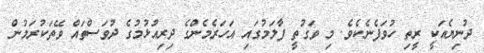
ދުނިޔެއަކީ ރީތި ހުވަފެނެކެވެ. މި ވަގުތީ ފާލަމުގައި އަހަރެމެންގެ ދިރިއުޅުމުގެ ދުވަސްތައް ވޭތަކުރަމުން